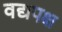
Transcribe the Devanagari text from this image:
वद्यपक्ष